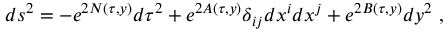
d s ^ { 2 } = - e ^ { 2 N ( \tau , y ) } d \tau ^ { 2 } + e ^ { 2 A ( \tau , y ) } \delta _ { i j } d x ^ { i } d x ^ { j } + e ^ { 2 B ( \tau , y ) } d y ^ { 2 } ~ ,